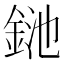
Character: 𨦥